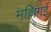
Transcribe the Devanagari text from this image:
मल्लिगई